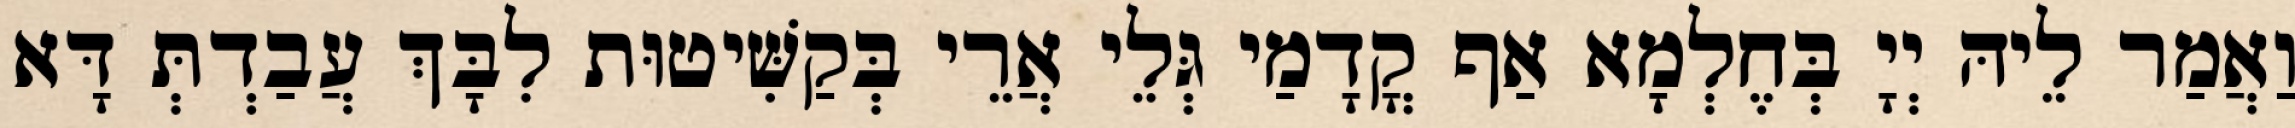
וַאֲמַר לֵיהּ יְיָ בְּחֶלְמָא אַף קֳדָמַי גְּלֵי אֲרֵי בְּקַשִּׁיטוּת לִבָּךְ עֲבַדְתְּ דָּא